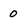
Character: 0